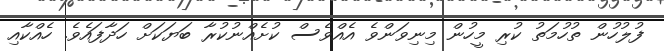
ފުލުހުން ތުހުމަތު ކުރި މީހުން މިނިވަންވެ އެއްވެސް ކުށެއްނުކުރާ ބަޔަކަށް ހަދާފައެވެ. ހެއްކާއި